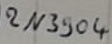
Text: 2N3804